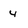
Character: 4